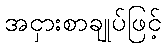
အငှားစာချုပ်ဖြင့်